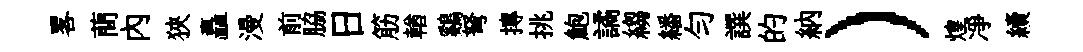
畧蕳內狹矗漫前脇日筋輶鷄弩摶挑鮑譎縐繙勻譔的納）煌凈續